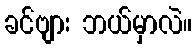
ခင်ဗျား ဘယ်မှာလဲ။